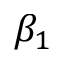
\beta _ { 1 }